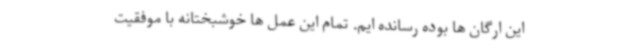
این ارگان ها بوده رسانده ایم. تمام این عمل ها خوشبختانه با موفقیت